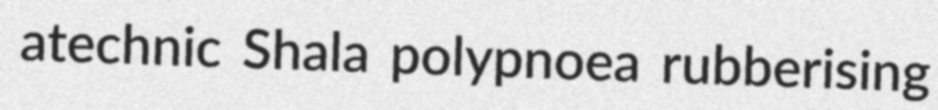
atechnic Shala polypnoea rubberising